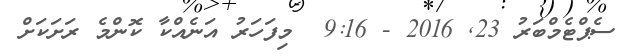
ސެޕްޓެމްބަރު 23